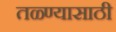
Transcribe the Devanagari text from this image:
तळ्ण्यासाठी